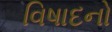
વિષાદનો